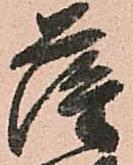
薩